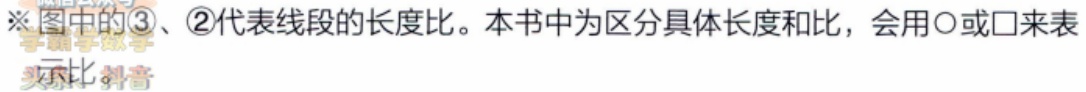
图中※图中的\textcircled{3}、\textcircled{2}代表线段的长度比。本书中为区分具体长度和比，会用〇或□来表示比。